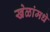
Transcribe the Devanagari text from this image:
खेळांमधे